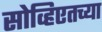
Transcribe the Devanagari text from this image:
सोव्हिएतच्या